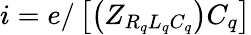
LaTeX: i=e/\left[\left(Z_{R_{q}L_{q}C_{q}}\right)C_{q}\right]